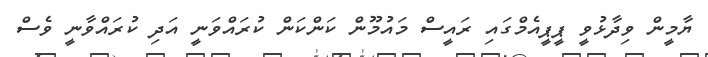
ޔާމީން ވިދާޅުވީ ޕީޕީއެމްގައި ރައީސް މައުމޫން ކަންކަން ކުރައްވަނީ އަދި ކުރައްވާނީ ވެސް